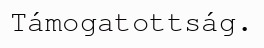
Támogatottság.